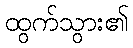
ထွက်သွား၏